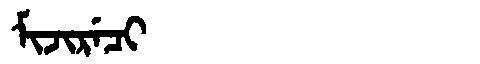
Manchu: ᠮᡳᠵᡳᡵᡝᠴᡳ
Romanization: MIJIRECI